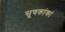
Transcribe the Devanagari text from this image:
सूचकांकां